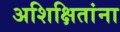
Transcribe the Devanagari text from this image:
अशिक्षितांना